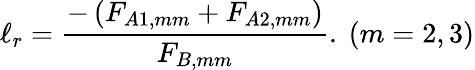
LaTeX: \ell_{r}=\frac{-\left(F_{A1,mm}+F_{A2,mm}\right)}{F_{B,mm}}.\ (m=2,3)